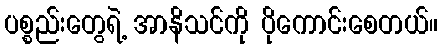
ပစ္စည်းတွေရဲ့ အာနိသင်ကို ပိုကောင်းစေတယ်။